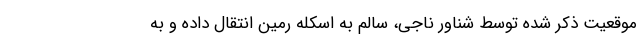
موقعیت ذکر شده توسط شناور ناجی، سالم به اسکله رمین انتقال داده و به